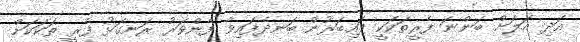
އަދި އަލަށް ބަންނަ ފެރީތަކަކީ ފައިބަރުން ބަނދެފައިވާ ފެންވަރު ރަނގަޅު ފެރީ ތަކަކަށް